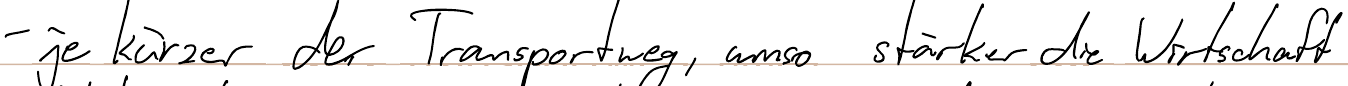
- je kürzer der Transportweg, umso stärker die Wirtschaft